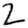
Digit: 2